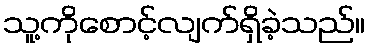
သူ့ကိုစောင့်လျက်ရှိခဲ့သည်။